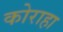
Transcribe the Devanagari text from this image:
कोराहा